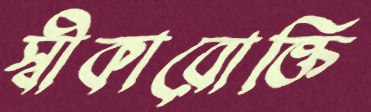
স্বীকারোক্তি